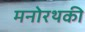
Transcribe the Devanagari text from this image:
मनोरथकी